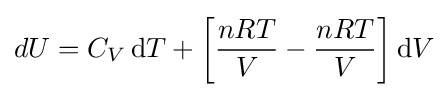
dU=C_{V}\,\mathrm {d} T+\left[{\frac {nRT}{V}}-{\frac {nRT}{V}}\right]\mathrm {d} V